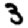
Digit: 3